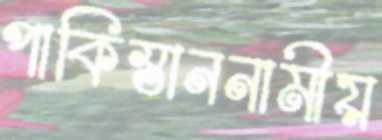
পাকিস্তাননামীয়